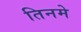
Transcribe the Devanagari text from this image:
तिनमे